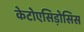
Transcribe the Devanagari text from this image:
केटोएसिड़ोसिस